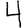
Digit: 4